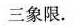
三象限.